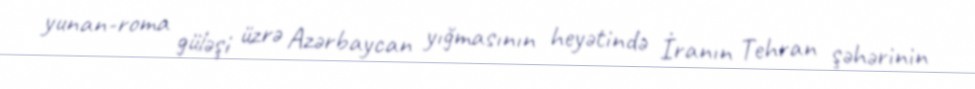
yunan-roma güləşi üzrə Azərbaycan yığmasının heyətində İranın Tehran şəhərinin